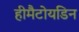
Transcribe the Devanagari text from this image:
हीमैटोयडिन